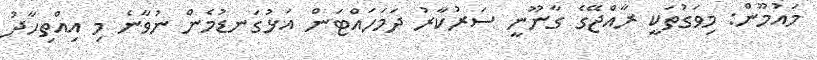
މައުމޫން: މިވަގުތަކީ ރާއްޖޭގެ ގާނޫނީ ސަރުކާރު ދަމަހައްޓަން އަޅުގަނޑުމެން ނުވާނެ މި އިއްތިހާދު